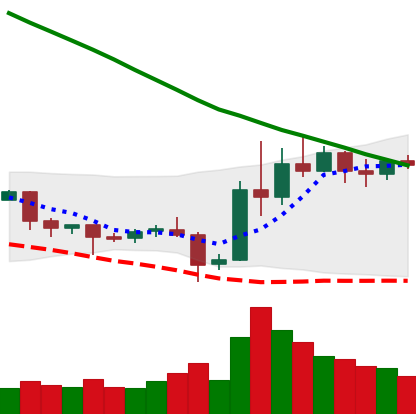
Ticker: EOS-USD
Chart end date: 2019-11-02
Forward return: 4.859%
Label: up_3_5